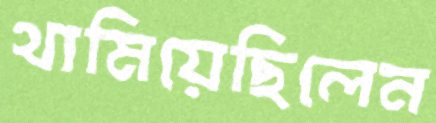
থামিয়েছিলেন